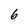
Character: b